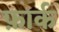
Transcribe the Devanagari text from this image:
फ़ार्क